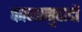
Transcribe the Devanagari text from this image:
काव्यानुवादों